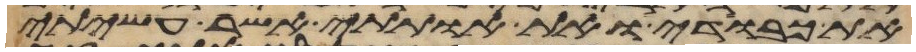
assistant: את כבודי ואת אתותי אשר עשיתי